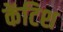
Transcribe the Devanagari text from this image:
केंटिश